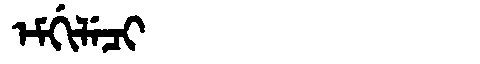
Manchu: ᡝᠮᡤᡳᠯᡝᠴᡳ
Romanization: EMGILECI